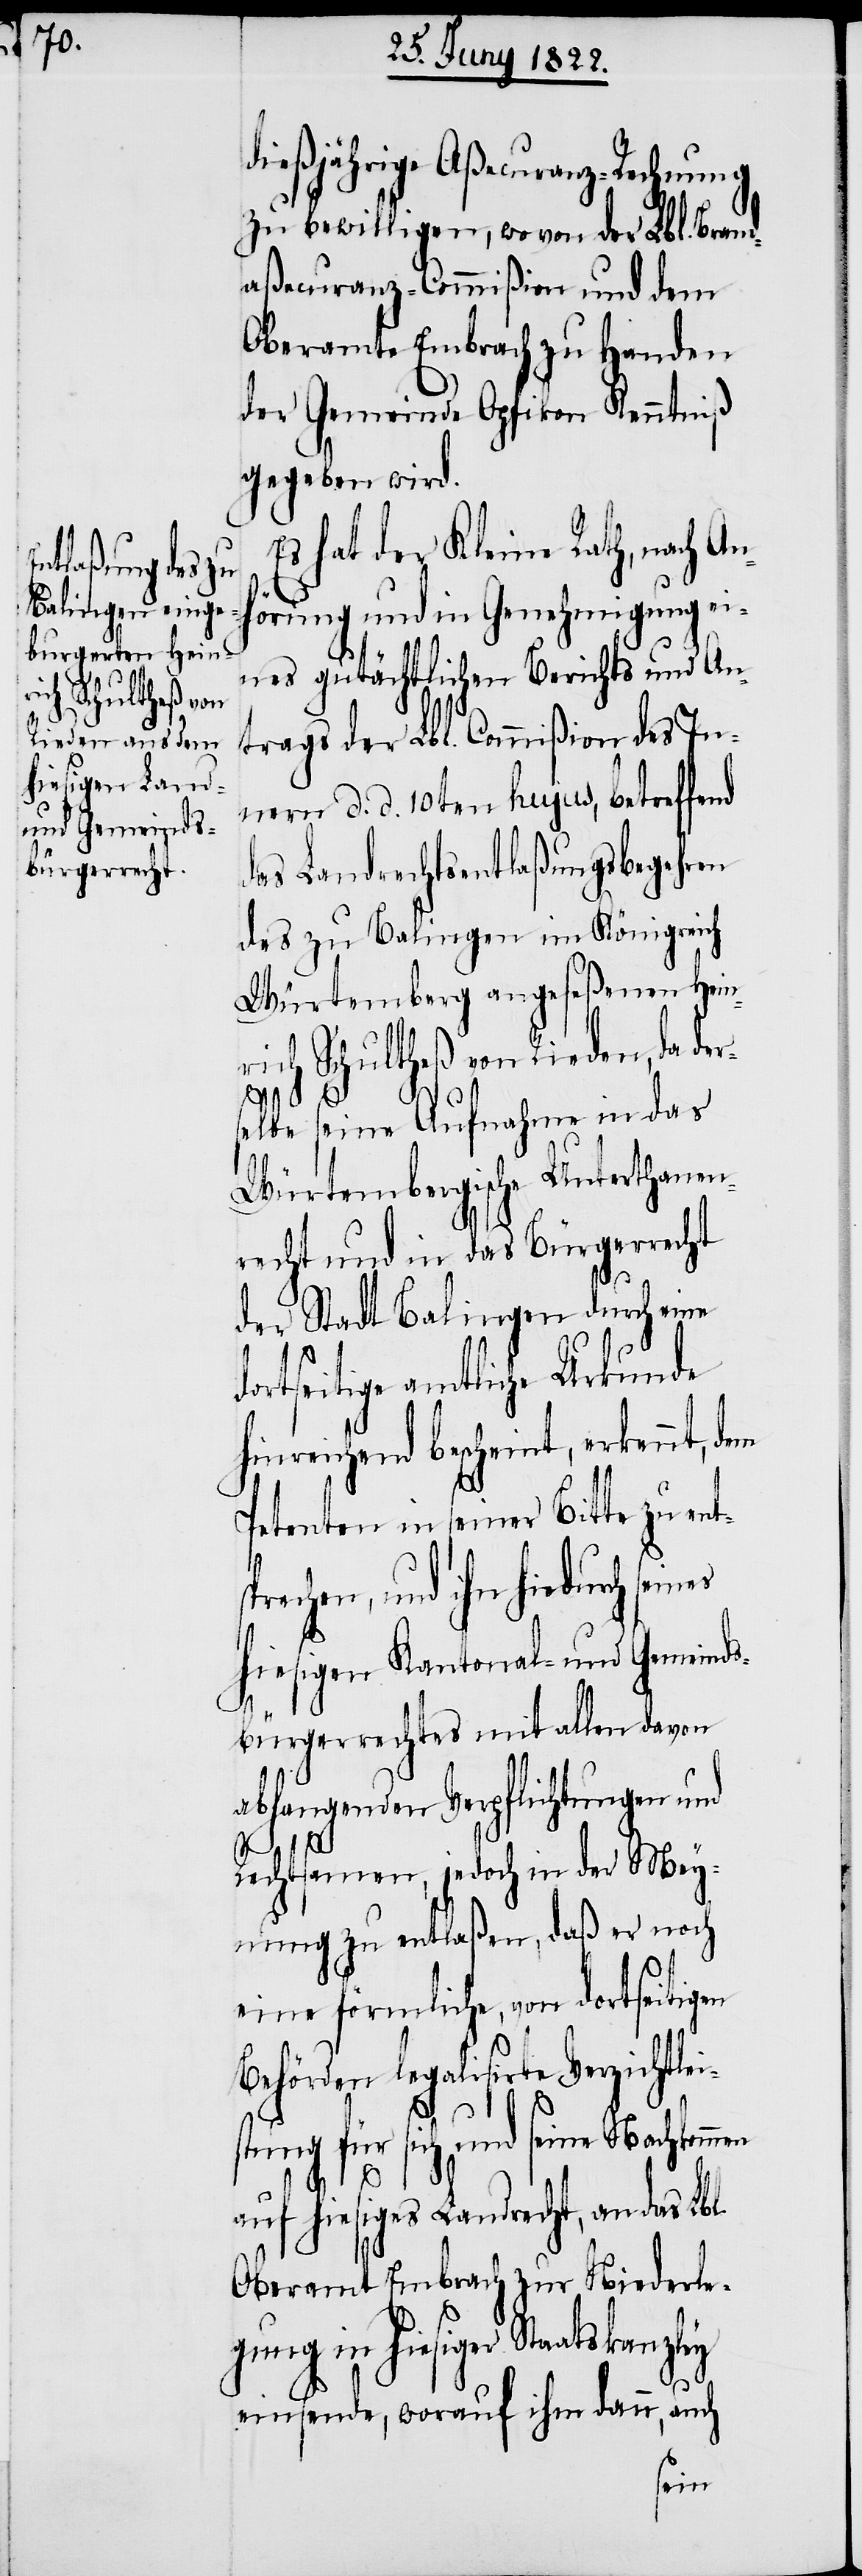
dießjährige Aßecuranz-Rechnung
zu bewilligen, wovon der Lbl. Brand¬
aßecuranz-Commißion und dem
Oberamte Embrach zu Handen
der Gemeinde Opfikon Kenntniß
gegeben wird.